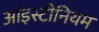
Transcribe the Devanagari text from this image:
आंइस्टीनियम